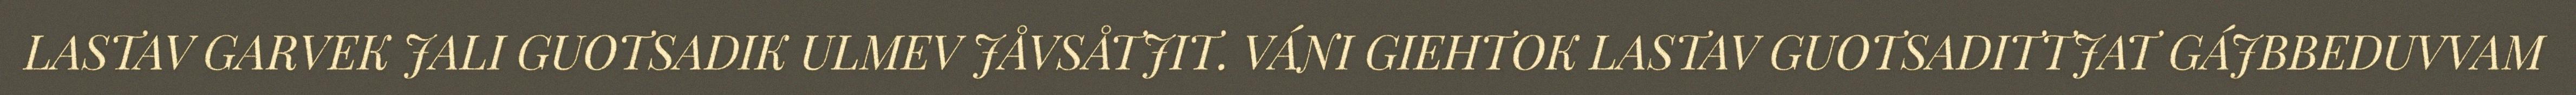
LASTAV GARVEK JALI GUOTSADIK ULMEV JÅVSÅTJIT. VÁNI GIEHTOK LASTAV GUOTSADITTJAT GÁJBBEDUVVAM